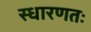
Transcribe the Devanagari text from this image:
स्धारणतः